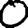
Digit: 0